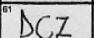
Transcription: DCZ